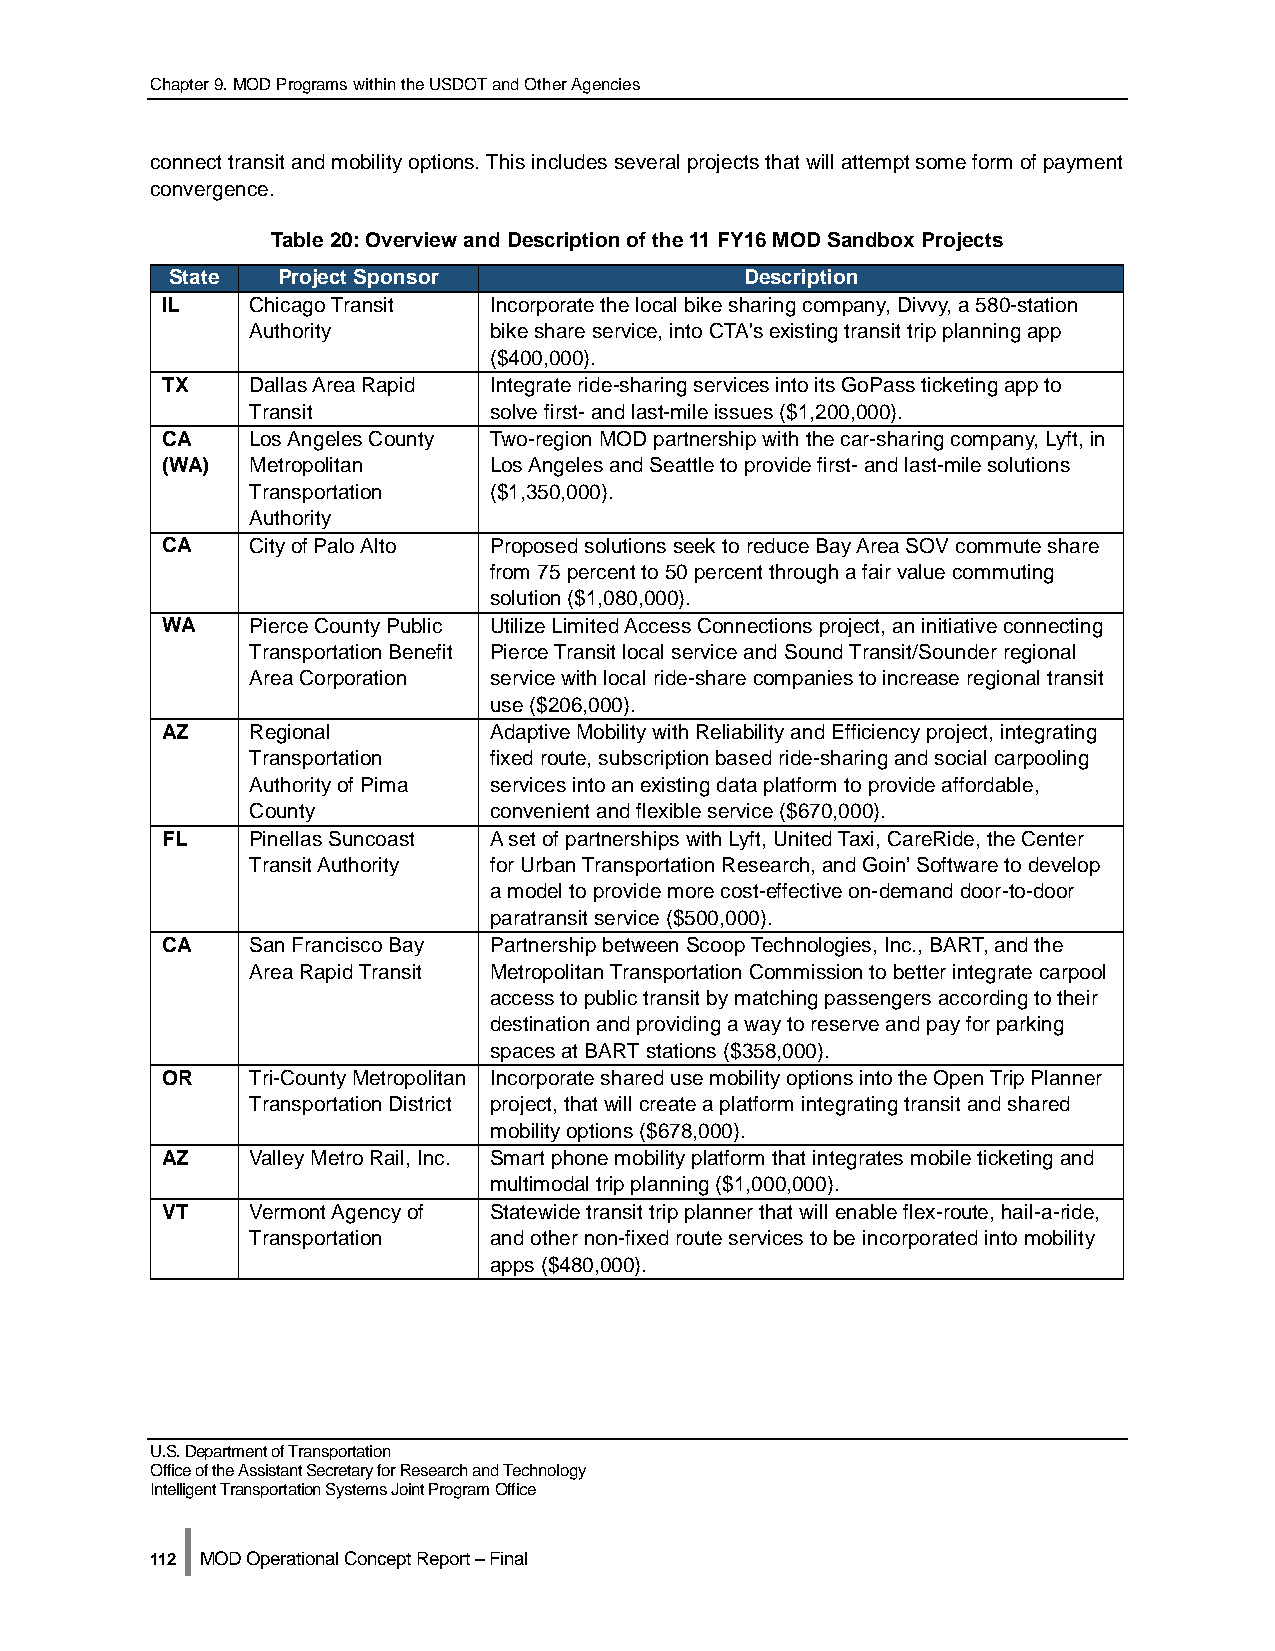
Chapter 9. MOD Programs within the USDOT and Other Agencies
 connect transit and mobility options. This includes several projects that will attempt some form of payment
 convergence.
 Table 20: Overview and Description of the 11 FY16 MOD Sandbox Projects
 State  Project Sponsor                Description
 IL    Chicago Transit Incorporate the local bike sharing company, Divvy, a 580-station
 Authority      bike share service, into CTA's existing transit trip planning app
 ($400,000).
 TX    Dallas Area Rapid Integrate ride-sharing services into its GoPass ticketing app to
 Transit        solve first- and last-mile issues ($1,200,000).
 CA    Los Angeles County Two-region MOD partnership with the car-sharing company, Lyft, in
 (WA)  Metropolitan   Los Angeles and Seattle to provide first- and last-mile solutions
 Transportation ($1,350,000).
 Authority
 CA    City of Palo Alto Proposed solutions seek to reduce Bay Area SOV commute share
 from 75 percent to 50 percent through a fair value commuting
 solution ($1,080,000).
 WA    Pierce County Public Utilize Limited Access Connections project, an initiative connecting
 Transportation Benefit Pierce Transit local service and Sound Transit/Sounder regional
 Area Corporation service with local ride-share companies to increase regional transit
 use ($206,000).
 AZ    Regional       Adaptive Mobility with Reliability and Efficiency project, integrating
 Transportation fixed route, subscription based ride-sharing and social carpooling
 Authority of Pima services into an existing data platform to provide affordable,
 County         convenient and flexible service ($670,000).
 FL    Pinellas Suncoast A set of partnerships with Lyft, United Taxi, CareRide, the Center
 Transit Authority for Urban Transportation Research, and Goin’ Software to develop
 a model to provide more cost-effective on-demand door-to-door
 paratransit service ($500,000).
 CA    San Francisco Bay Partnership between Scoop Technologies, Inc., BART, and the
 Area Rapid Transit Metropolitan Transportation Commission to better integrate carpool
 access to public transit by matching passengers according to their
 destination and providing a way to reserve and pay for parking
 spaces at BART stations ($358,000).
 OR    Tri-County Metropolitan Incorporate shared use mobility options into the Open Trip Planner
 Transportation District project, that will create a platform integrating transit and shared
 mobility options ($678,000).
 AZ    Valley Metro Rail, Inc. Smart phone mobility platform that integrates mobile ticketing and
 multimodal trip planning ($1,000,000).
 VT    Vermont Agency of Statewide transit trip planner that will enable flex-route, hail-a-ride,
 Transportation and other non-fixed route services to be incorporated into mobility
 apps ($480,000).
 U.S. Department of Transportation
 Office of the Assistant Secretary for Research and Technology
 Intelligent Transportation Systems Joint Program Office
 |
 112 MOD Operational Concept Report – Final